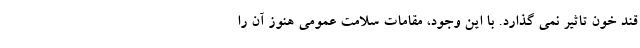
قند خون تاثیر نمی گذارد. با این وجود، مقامات سلامت عمومی هنوز آن را